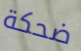
ضحكة